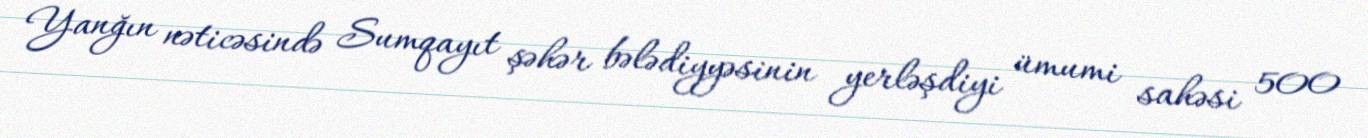
Yanğın nəticəsində Sumqayıt şəhər bələdiyyəsinin yerləşdiyi ümumi sahəsi 500